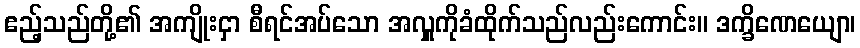
ဧည့်သည်တို့၏ အကျိုးငှာ စီရင်အပ်သော အလှူကိုခံထိုက်သည်လည်းကောင်း။ ဒက္ခိဏေယျော၊